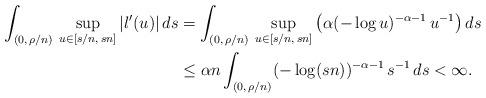
LaTeX: \begin{align*}\int_{(0,\,\rho/n)}\,\sup_{u\in[s/n,\,sn]}|l'(u)|\,ds&= \int_{(0,\,\rho/n)}\,\sup_{u\in[s/n,\,sn]}\big(\alpha(-\log u)^{-\alpha-1}\,u^{-1}\big) \,ds\\&\le \alpha n \int_{(0,\,\rho/n)}(-\log(sn))^{-\alpha-1}\,s^{-1}\,ds<\infty.\end{align*}